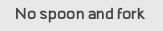
No spoon and fork